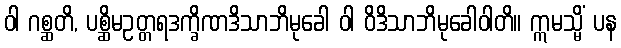
ဝါ ဂစ္ဆတိ, ပစ္ဆိမဥတ္တရဒက္ခိဏဒိသာဘိမုခေါ ဝါ ဝိဒိသာဘိမုခေါဝါတိ။ ဣမသ္မိံ ပန